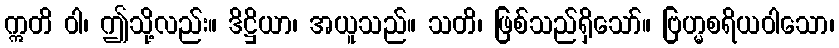
ဣတိ ဝါ၊ ဤသို့လည်း။ ဒိဋ္ဌိယာ၊ အယူသည်။ သတိ၊ ဖြစ်သည်ရှိသော်။ ဗြဟ္မစရိယဝါသော၊